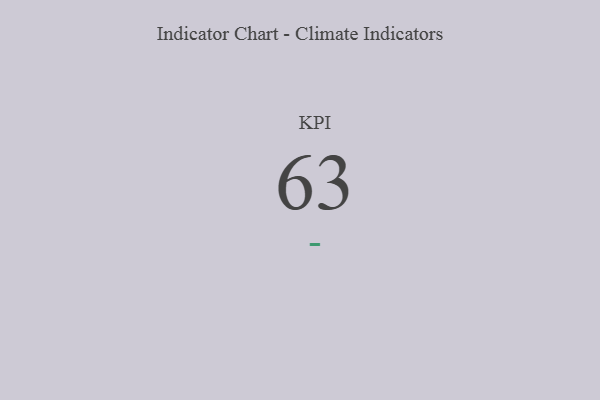
{"axis": {"x": "KPI", "y": "Value"}, "legend": [""], "data": [{"x": "KPI", "y": 63, "type": ""}]}